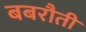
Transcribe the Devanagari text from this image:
बबरौती